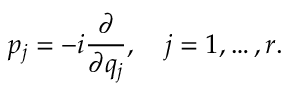
p _ { j } = - i { \frac { \partial } { \partial q _ { j } } } , \quad j = 1 , \ldots , r .